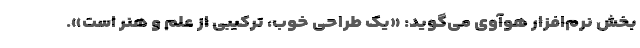
بخش نرم‌‌افزار هوآوی می‌گوید: «یک طراحی خوب، ترکیبی از علم و هنر است».